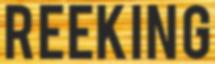
REEKING